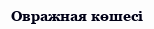
Овражная көшесі